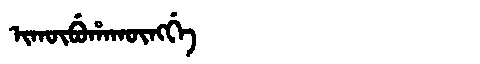
Manchu: ᡳᡴᡡᠪᡠᡥᠠᡴᡡᠩᡤᡝ
Romanization: IKŪBUHAKŪNGGE